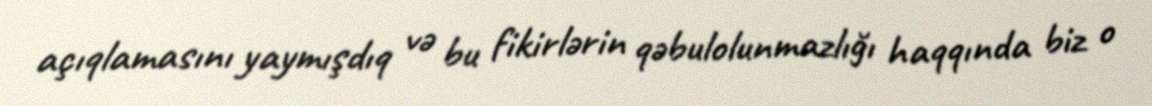
açıqlamasını yaymışdıq və bu fikirlərin qəbulolunmazlığı haqqında biz o